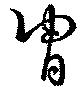
冑